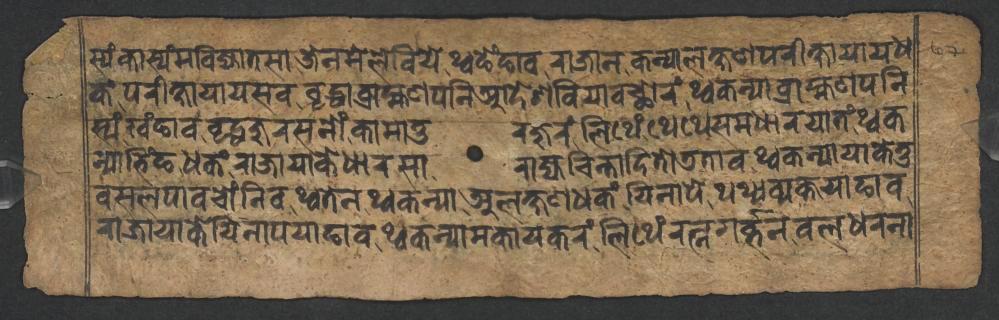
𑐳𑑂𑐫𑑄𑐎𑐵𑐳𑑂𑐫𑑄𑐩𑐧𑐶𑐖𑑂𑐫𑐵𑐟𑐳𑐵𑐖𑐾𑐣𑐩𑐾𑐮𑐾𑐧𑐶𑐫𑐾𑐠𑑂𑐰𑐒𑐾𑑄𑐒𑐵𑐰𑐬𑐵𑐖𑐵𑐣𑐎𑐣𑑂𑐫𑐵𑐮𑐎𑑂𑐲𑐞𑐥𑐬𑐷𑐎𑑂𑐲𑐵𑐫𑐵𑐫𑐢 𑐎𑑄𑐥𑐬𑐷𑐎𑑂𑐲𑐵𑐫𑐵𑐫𑐳𑐰𑐰𑐺𑐡𑑂𑐢𑐵𑐧𑑂𑐬𑐵𑐴𑑂𑐩𑐞𑐥𑐣𑐶𑐁𑐡𑐾𑐱𑐧𑐶𑐫𑐵𑐰𑐕𑑀𑐬𑑄𑐠𑑂𑐰𑐎𑐣𑑂𑐫𑐵𑐧𑑂𑐬𑐵𑐴𑑂𑐩𑐞𑐥𑐣𑐶 𑐳𑑂𑐫𑑄𑐏𑑄𑐒𑐵𑐰𑐰𑐺𑐡𑑂𑐢𑐖𑐸𑐬𑐳𑐣𑑀𑑄𑐎𑐵𑐩𑐵𑐟𑐸𑐬𑐖𑐸𑐬𑑄𑐮𑐶𑐠𑐾𑑄𑐠𑐾𑐠𑐾𑐳𑐩𑐢𑐵𑐬𑐫𑐵𑐟𑑄𑐠𑑂𑐰𑐎 𑐣𑑂𑐫𑐵𑐨𑐶𑑄𑐒𑐢𑐎𑑄𑐬𑐵𑐖𑐵𑐫𑐵𑐎𑐾𑐢𑐵𑐬𑐳𑐵𑐬𑐵𑐖𑑂𑐫𑐔𑐶𑐣𑑂𑐟𑐵𑐡𑐶𑐟𑑀𑐜𑐟𑐵𑐰𑐠𑑂𑐰𑐎𑐣𑑂𑐫𑐵𑐫𑐵𑐎𑐾𑐟𑐸 𑐧𑐳𑐮𑐥𑐵𑐰𑐔𑑀𑑄𑐣𑐶𑐰𑐠𑑂𑐰𑐟𑐾𑐣𑐠𑑂𑐰𑐎𑐣𑑂𑐫𑐵𑐀𑐮𑐎𑑂𑐲𑐞𑐢𑐎𑑄𑐫𑐶𑐣𑐵𑐥𑐾𑐠𑐠𑑂𑐫𑐰𑑂𑐫𑐎𑑂𑐟𑐫𑐵𑐒𑐵𑐰 𑐬𑐵𑐖𑐵𑐫𑐵𑐎𑐾𑐫𑐶𑐣𑐵𑐥𑐫𑐵𑐒𑐵𑐰𑐠𑑂𑐰𑐎𑐣𑑂𑐫𑐵𑐩𑐎𑐵𑐫𑐎𑐬𑑄𑐮𑐶𑐠𑐾𑑄𑐬𑐟𑑂𑐣𑐐𑐬𑑂𑐧𑑂𑐨𑐣𑐧𑐮𑐢𑐬𑐣𑐵